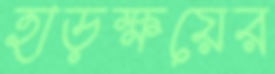
হাড়ক্ষয়ের